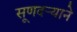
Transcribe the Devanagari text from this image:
सूणदर्‍याने